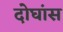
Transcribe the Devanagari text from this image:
दोघांस